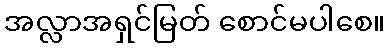
အလ္လာအရှင်မြတ် စောင်မပါစေ။